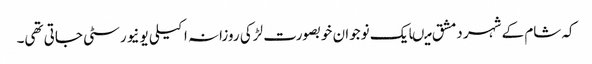
کہ شام کے شہر دمشق میںایک نوجوان خوبصورت لڑکی روزانہ اکیلی یونیورسٹی جاتی تھی۔